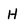
Character: H